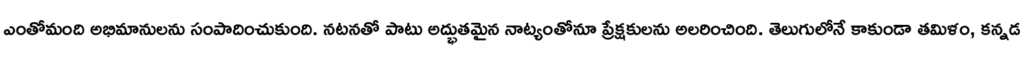
ఎంతోమంది అభిమానులను సంపాదించుకుంది. నటనతో పాటు అద్భుతమైన నాట్యంతోనూ ప్రేక్షకులను అలరించింది. తెలుగులోనే కాకుండా తమిళం, కన్నడ